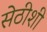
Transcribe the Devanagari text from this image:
सेठीशी